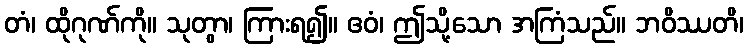
တံ၊ ထိုဂုဏ်ကို။ သုတွာ၊ ကြားရ၍။ ဧဝံ၊ ဤသို့သော အကြံသည်။ ဘဝိဿတိ၊